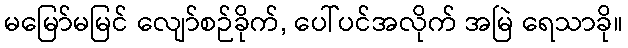
မမြော်မမြင် လျော်စဉ်ခိုက်, ပေါ်ပင်အလိုက် အမြဲ ရေသာခို။